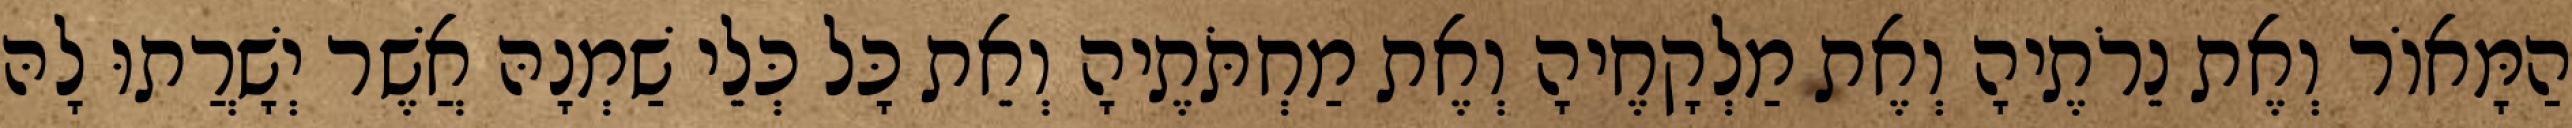
הַמָּאוֹר וְאֶת נֵרֹתֶיהָ וְאֶת מַלְקָחֶיהָ וְאֶת מַחְתֹּתֶיהָ וְאֵת כָּל כְּלֵי שַׁמְנָהּ אֲשֶׁר יְשָׁרֲתוּ לָהּ